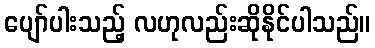
ပျော်ပါးသည့် လဟုလည်းဆိုနိုင်ပါသည်။